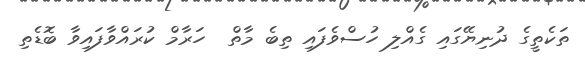
ތަކެތީގެ ދުނިޔޭގައި ގެއްލި ހުސްވެފައި ތިބެ މާތް  ހަރާމް ކުރައްވާފައިވާ ބޮޑެތި